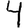
Digit: 4